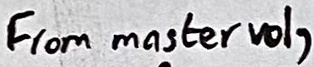
Text: From master vol,